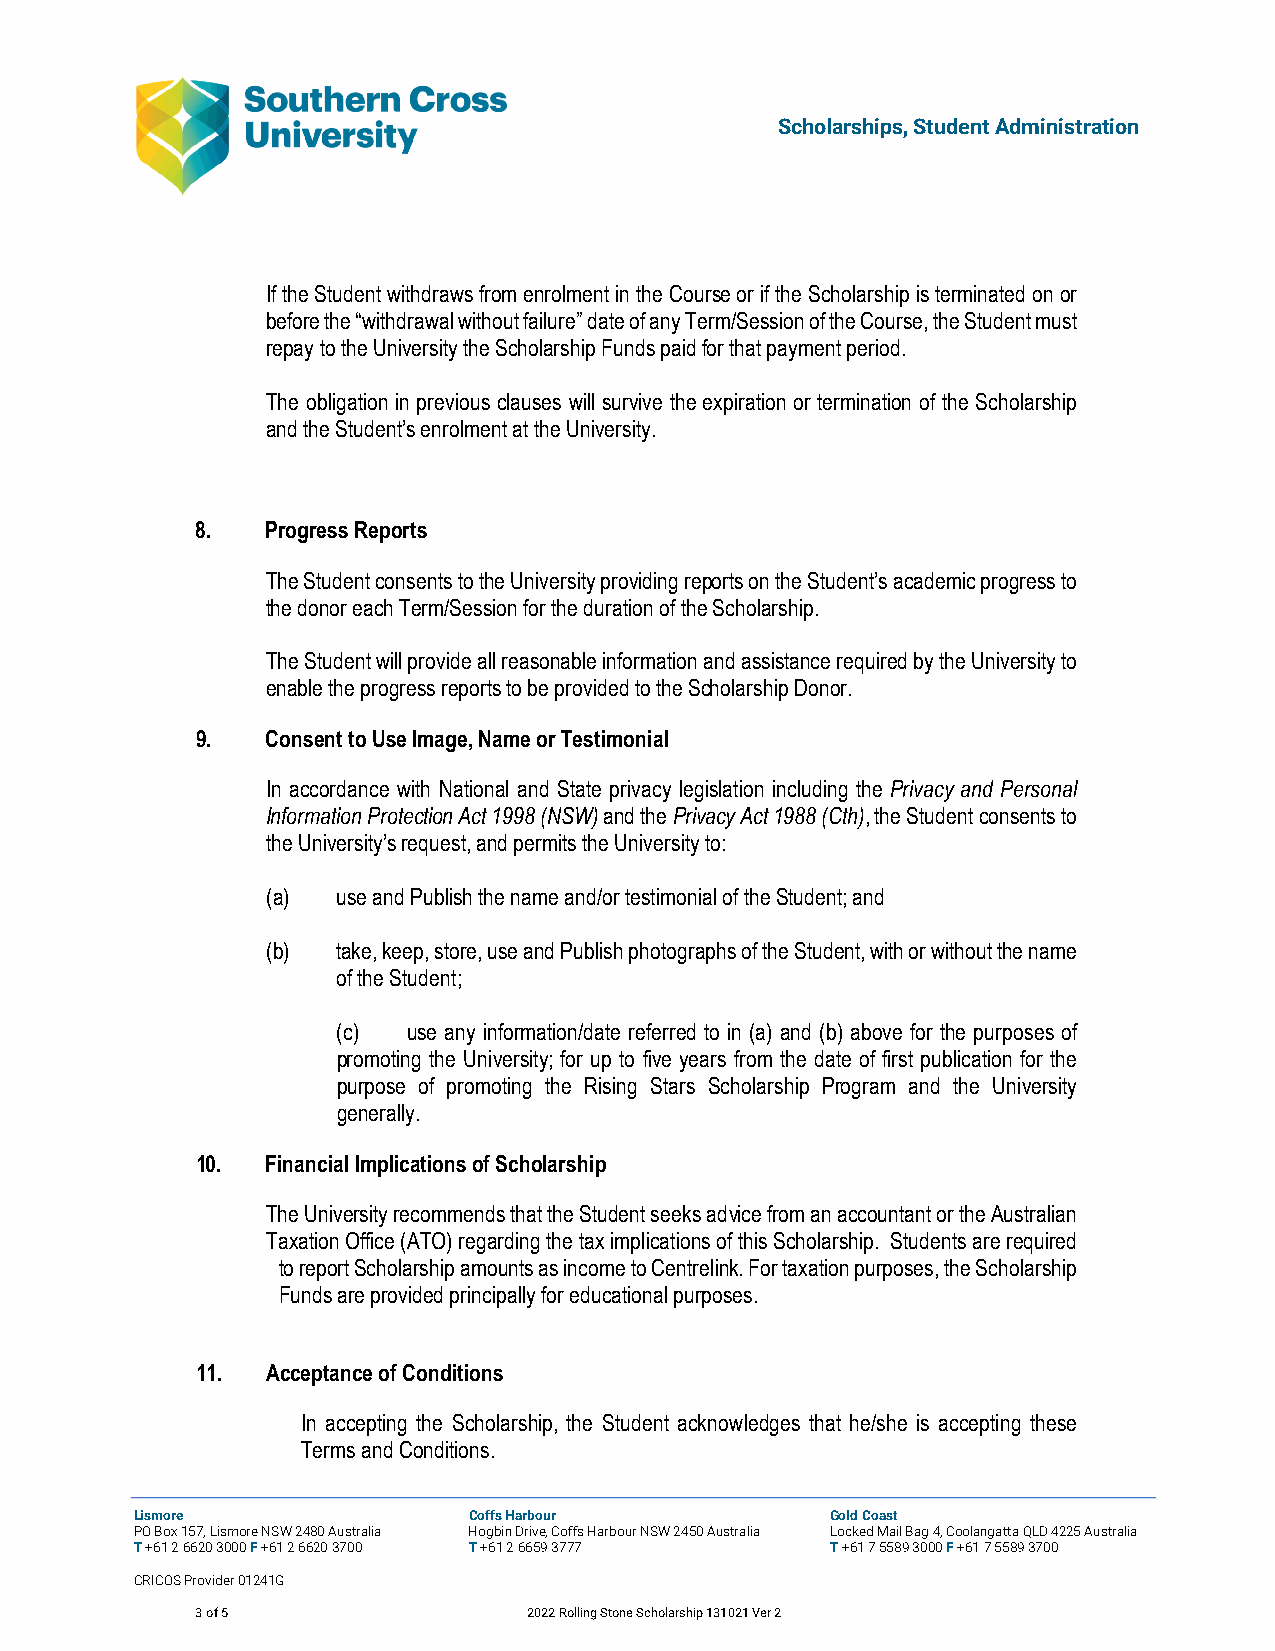
Scholarships, Student Administration
 If the Student withdraws from enrolment in the Course or if the Scholarship is terminated on or
 before the “withdrawal without failure” date of any Term/Session of the Course, the Student must
 repay to the University the Scholarship Funds paid for that payment period.
 The obligation in previous clauses will survive the expiration or termination of the Scholarship
 and the Student’s enrolment at the University.
 8.   Progress Reports
 The Student consents to the University providing reports on the Student’s academic progress to
 the donor each Term/Session for the duration of the Scholarship.
 The Student will provide all reasonable information and assistance required by the University to
 enable the progress reports to be provided to the Scholarship Donor.
 9.   Consent to Use Image, Name or Testimonial
 In accordance with National and State privacy legislation including the Privacy and Personal
 Information Protection Act 1998 (NSW) and the Privacy Act 1988 (Cth), the Student consents to
 the University’s request, and permits the University to:
 (a) use and Publish the name and/or testimonial of the Student; and
 (b) take, keep, store, use and Publish photographs of the Student, with or without the name
 of the Student;
 (c)  use any information/date referred to in (a) and (b) above for the purposes of
 promoting the University; for up to five years from the date of first publication for the
 purpose of promoting the Rising Stars Scholarship Program and the University
 generally.
 10.  Financial Implications of Scholarship
 The University recommends that the Student seeks advice from an accountant or the Australian
 Taxation Office (ATO) regarding the tax implications of this Scholarship. Students are required
 to report Scholarship amounts as income to Centrelink. For taxation purposes, the Scholarship
 Funds are provided principally for educational purposes.
 11.  Acceptance of Conditions
 In accepting the Scholarship, the Student acknowledges that he/she is accepting these
 Terms and Conditions.
 Lismore               Coffs Harbour           Gold Coast
 PO Box 157, Lismore NSW 2480 Australia Hogbin Drive, Coffs Harbour NSW 2450 Australia Locked Mail Bag 4, Coolangatta QLD 4225 Australia
 T +61 2 6620 3000 F +61 2 6620 3700 T +61 2 6659 3777 T +61 7 5589 3000 F +61 7 5589 3700
 CRICOS Provider 01241G
 3 of 5                2022 Rolling Stone Scholarship 131021 Ver 2